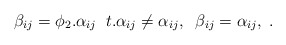
\begin{align*}\beta_{ij}=\phi_2.\alpha_{ij}\;\;t.\alpha_{ij}\ne\alpha_{ij},\;\;\beta_{ij}=\alpha_{ij},\;.\end{align*}